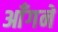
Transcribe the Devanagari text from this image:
आँगने